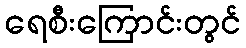
ရေစီးကြောင်းတွင်